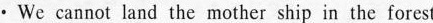
·We cannot land the mother ship in the forest